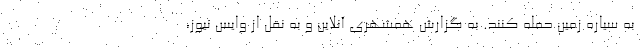
به سیاره زمین حمله کنند. به گزارش همشهری آنلاین و به نقل از وایس نیوز،